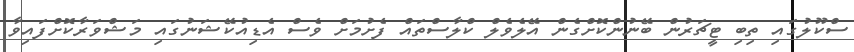
ސްކޫލުގައި ތިބި ޓީޗަރުން ބޭނުންކޮށްގެން އޭލެވެލް ކްލާސްތައް ފެށުމަށް ވެސް އެޑިއުކޭޝަނުގައި މަޝްވަރާކޮށްފައިވާ